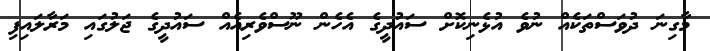
މާގިނަ ދުވަސްތަކެއް ނުވެ އުޅެނިކޮށް ސައުދީގެ އެހެން ނޫސްވެރިއެއް ސައުދީގެ ޖަލުގައި މަރާލައިފި